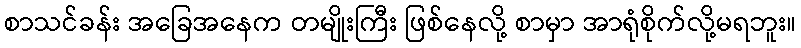
စာသင်ခန်း အခြေအနေက တမျိုးကြီး ဖြစ်နေလို့ စာမှာ အာရုံစိုက်လို့မရဘူး။